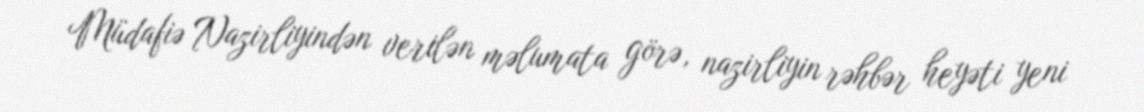
Müdafiə Nazirliyindən verilən məlumata görə, nazirliyin rəhbər heyəti yeni